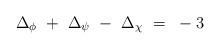
LaTeX: \begin{align*}\Delta_{\phi}~+~\Delta_{\psi}~-~\Delta_{\chi}~=~-3\end{align*}